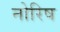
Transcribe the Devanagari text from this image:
नोरिष